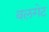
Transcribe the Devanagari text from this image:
वलगेट